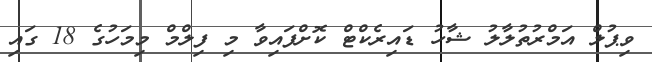
ވިޕުލް އަމްރުތުލާލު ޝާހު ޑައިރެކްޓް ކޮށްފައިވާ މި ފިލްމް މިމަހުގެ 18 ގައި